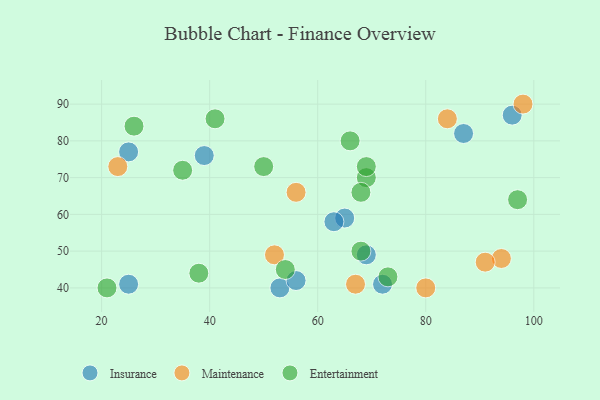
{"axis": {"x": "GDP", "y": "Life Expectancy"}, "legend": ["Entertainment", "Insurance", "Maintenance"], "data": [{"x": "25", "y": 41, "type": "Insurance"}, {"x": "53", "y": 40, "type": "Insurance"}, {"x": "65", "y": 59, "type": "Insurance"}, {"x": "25", "y": 77, "type": "Insurance"}, {"x": "69", "y": 49, "type": "Insurance"}, {"x": "39", "y": 76, "type": "Insurance"}, {"x": "63", "y": 58, "type": "Insurance"}, {"x": "72", "y": 41, "type": "Insurance"}, {"x": "87", "y": 82, "type": "Insurance"}, {"x": "96", "y": 87, "type": "Insurance"}, {"x": "56", "y": 42, "type": "Insurance"}, {"x": "84", "y": 86, "type": "Maintenance"}, {"x": "23", "y": 73, "type": "Maintenance"}, {"x": "67", "y": 41, "type": "Maintenance"}, {"x": "52", "y": 49, "type": "Maintenance"}, {"x": "56", "y": 66, "type": "Maintenance"}, {"x": "98", "y": 90, "type": "Maintenance"}, {"x": "94", "y": 48, "type": "Maintenance"}, {"x": "80", "y": 40, "type": "Maintenance"}, {"x": "91", "y": 47, "type": "Maintenance"}, {"x": "26", "y": 84, "type": "Entertainment"}, {"x": "38", "y": 44, "type": "Entertainment"}, {"x": "69", "y": 70, "type": "Entertainment"}, {"x": "41", "y": 86, "type": "Entertainment"}, {"x": "50", "y": 73, "type": "Entertainment"}, {"x": "97", "y": 64, "type": "Entertainment"}, {"x": "54", "y": 45, "type": "Entertainment"}, {"x": "35", "y": 72, "type": "Entertainment"}, {"x": "68", "y": 50, "type": "Entertainment"}, {"x": "68", "y": 66, "type": "Entertainment"}, {"x": "21", "y": 40, "type": "Entertainment"}, {"x": "69", "y": 73, "type": "Entertainment"}, {"x": "66", "y": 80, "type": "Entertainment"}, {"x": "73", "y": 43, "type": "Entertainment"}]}